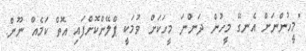
"މީހުންނަށް އެނގޭ މީހުން ދަންނަ މީހަކަށް ވުމަކީ ޕްލޭންކޮށްފައި އޮތް ކަމެއް ނޫން.